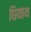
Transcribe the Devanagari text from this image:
घियाथ